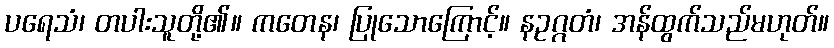
ပရေသံ၊ တပါးသူတို့၏။ ကတေန၊ ပြုသောကြောင့်။ နဥဂ္ဂတံ၊ အန်ထွက်သည်မဟုတ်။